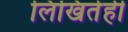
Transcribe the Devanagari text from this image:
लिखितेही